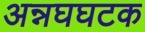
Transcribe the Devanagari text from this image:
अन्नघघटक